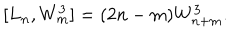
LaTeX: [ L _ { n } , W _ { m } ^ { 3 } ] = ( 2 n - m ) W _ { n + m } ^ { 3 } .